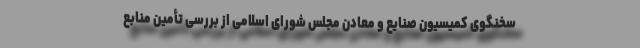
سخنگوی کمیسیون صنایع و معادن مجلس شورای اسلامی از بررسی تأمین منابع